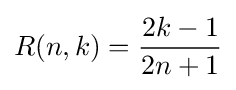
R(n,k)={\frac {2k-1}{2n+1}}